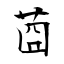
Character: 莔